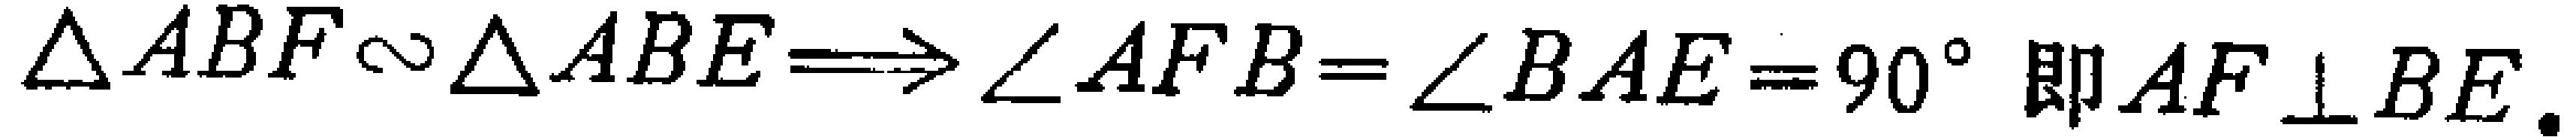
$\triangle ABF\sim\triangle ABE\Longrightarrow \angle AFB=\angle BAE = 90^{\circ} \text{即} AF\perp BE.$